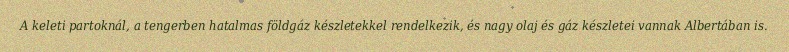
A keleti partoknál, a tengerben hatalmas földgáz készletekkel rendelkezik, és nagy olaj és gáz készletei vannak Albertában is.